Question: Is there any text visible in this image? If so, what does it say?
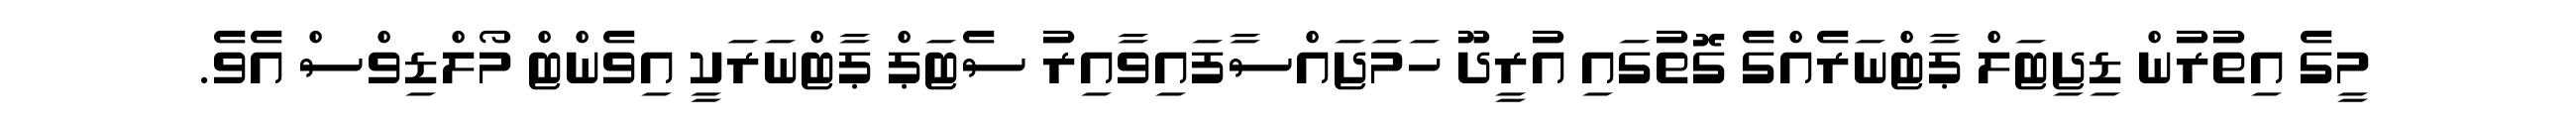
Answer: މީގެ އިތުރުން ޑިޖިޓަލް ޕާޓްނަރެއްގެ ގޮތުގައި އުރީދޫ ހަމަޖައްސާފައިވާއިރު ސެޓަޕް ޕާޓްނަރަކީ އިވެންޓް މޯލްޑިވްސް އެވެ.